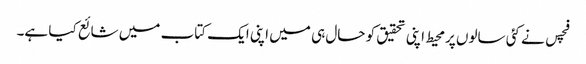
فچس نے کئی سالوں پرمحیط اپنی تحقیق کو حال ہی میں اپنی ایک کتاب میں شائع کیا ہے۔